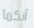
أنكما